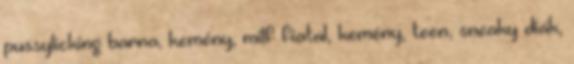
pussylicking barna, kemény, milf fiatal, kemény, teen, sneaky diák,